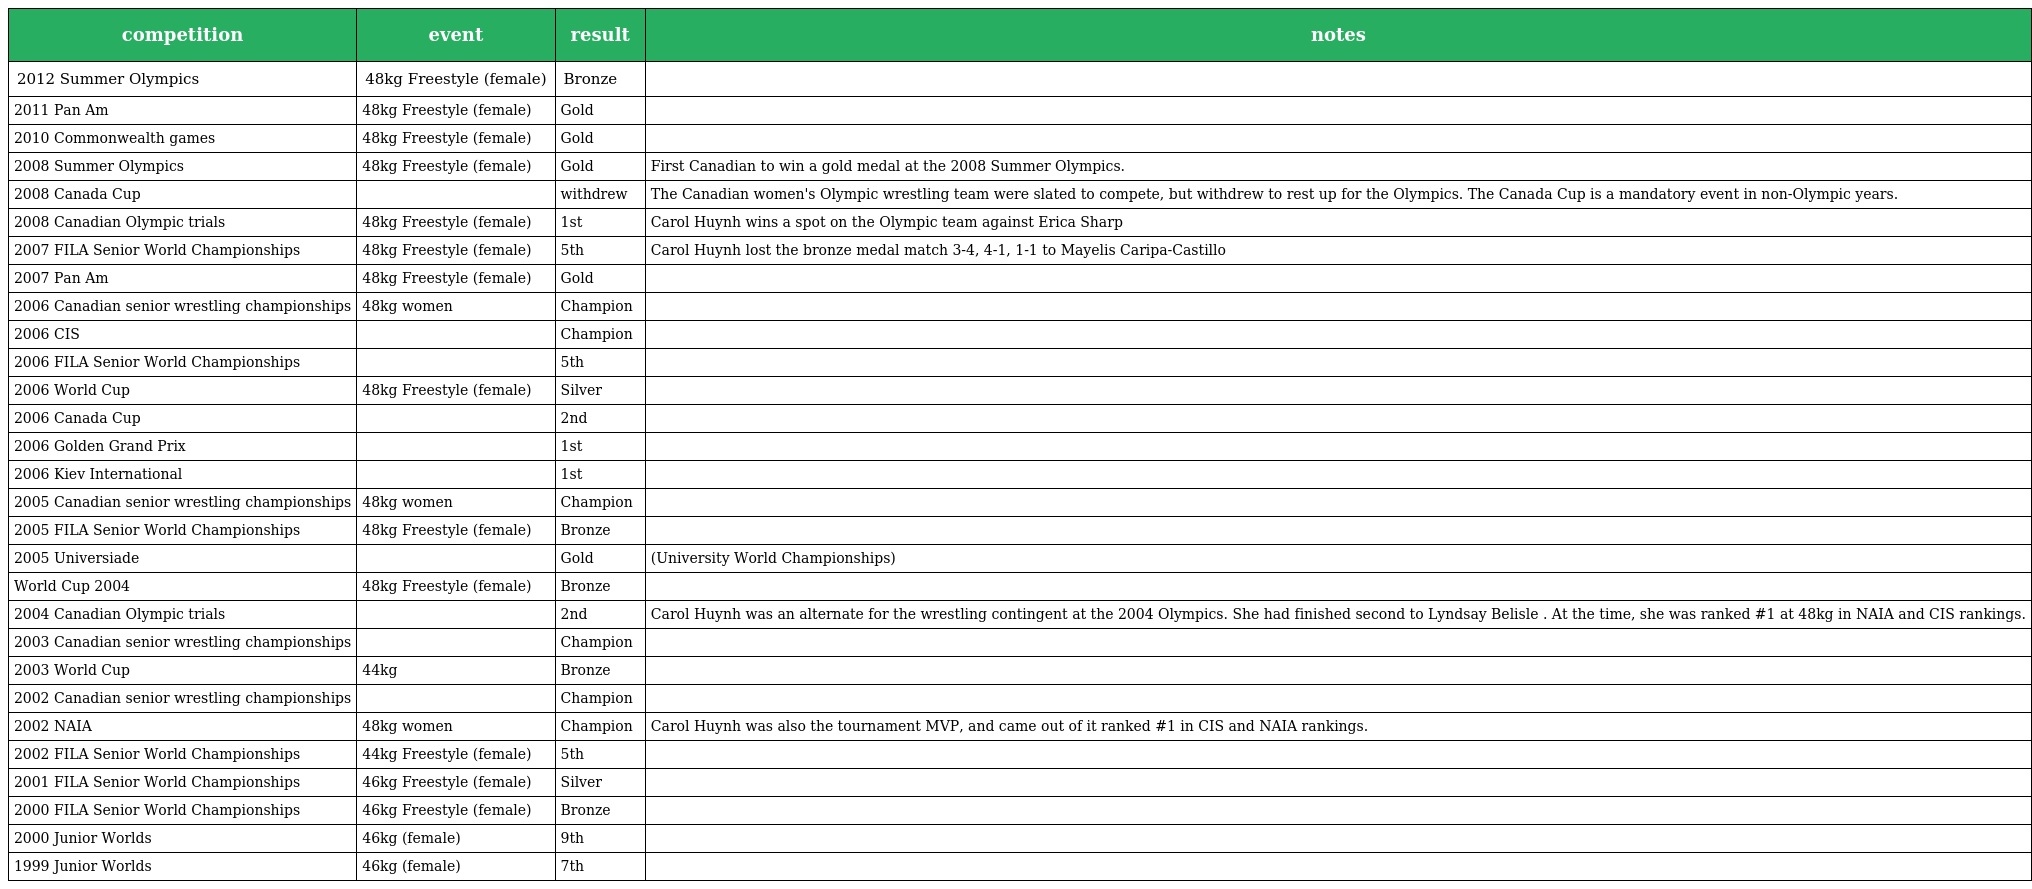
| competition | event | result | notes |
 | --- | --- | --- | --- |
 | 2012 Summer Olympics | 48kg Freestyle (female) | Bronze |  |
 | 2011 Pan Am | 48kg Freestyle (female) | Gold |  |
 | 2010 Commonwealth games | 48kg Freestyle (female) | Gold |  |
 | 2008 Summer Olympics | 48kg Freestyle (female) | Gold | First Canadian to win a gold medal at the 2008 Summer Olympics. |
 | 2008 Canada Cup |  | withdrew | The Canadian women's Olympic wrestling team were slated to compete, but withdrew to rest up for the Olympics. The Canada Cup is a mandatory event in non-Olympic years. |
 | 2008 Canadian Olympic trials | 48kg Freestyle (female) | 1st | Carol Huynh wins a spot on the Olympic team against Erica Sharp |
 | 2007 FILA Senior World Championships | 48kg Freestyle (female) | 5th | Carol Huynh lost the bronze medal match 3-4, 4-1, 1-1 to Mayelis Caripa-Castillo |
 | 2007 Pan Am | 48kg Freestyle (female) | Gold |  |
 | 2006 Canadian senior wrestling championships | 48kg women | Champion |  |
 | 2006 CIS |  | Champion |  |
 | 2006 FILA Senior World Championships |  | 5th |  |
 | 2006 World Cup | 48kg Freestyle (female) | Silver |  |
 | 2006 Canada Cup |  | 2nd |  |
 | 2006 Golden Grand Prix |  | 1st |  |
 | 2006 Kiev International |  | 1st |  |
 | 2005 Canadian senior wrestling championships | 48kg women | Champion |  |
 | 2005 FILA Senior World Championships | 48kg Freestyle (female) | Bronze |  |
 | 2005 Universiade |  | Gold | (University World Championships) |
 | World Cup 2004 | 48kg Freestyle (female) | Bronze |  |
 | 2004 Canadian Olympic trials |  | 2nd | Carol Huynh was an alternate for the wrestling contingent at the 2004 Olympics. She had finished second to Lyndsay Belisle . At the time, she was ranked #1 at 48kg in NAIA and CIS rankings. |
 | 2003 Canadian senior wrestling championships |  | Champion |  |
 | 2003 World Cup | 44kg | Bronze |  |
 | 2002 Canadian senior wrestling championships |  | Champion |  |
 | 2002 NAIA | 48kg women | Champion | Carol Huynh was also the tournament MVP, and came out of it ranked #1 in CIS and NAIA rankings. |
 | 2002 FILA Senior World Championships | 44kg Freestyle (female) | 5th |  |
 | 2001 FILA Senior World Championships | 46kg Freestyle (female) | Silver |  |
 | 2000 FILA Senior World Championships | 46kg Freestyle (female) | Bronze |  |
 | 2000 Junior Worlds | 46kg (female) | 9th |  |
 | 1999 Junior Worlds | 46kg (female) | 7th |  |